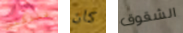
للدكتور كان الشقوق